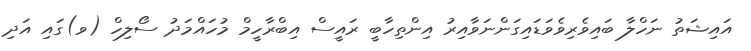
އައިޝަތު ނަހްލާ ބައިވެރިވެވަޑައިގަންނަވާއިރު އިންތިހާބީ ރައީސް އިބްރާހީމް މުހައްމަދު ސޯލިހް (ވ)ގައި އަދި